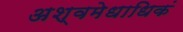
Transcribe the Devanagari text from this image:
अश्वमेधाधिकं